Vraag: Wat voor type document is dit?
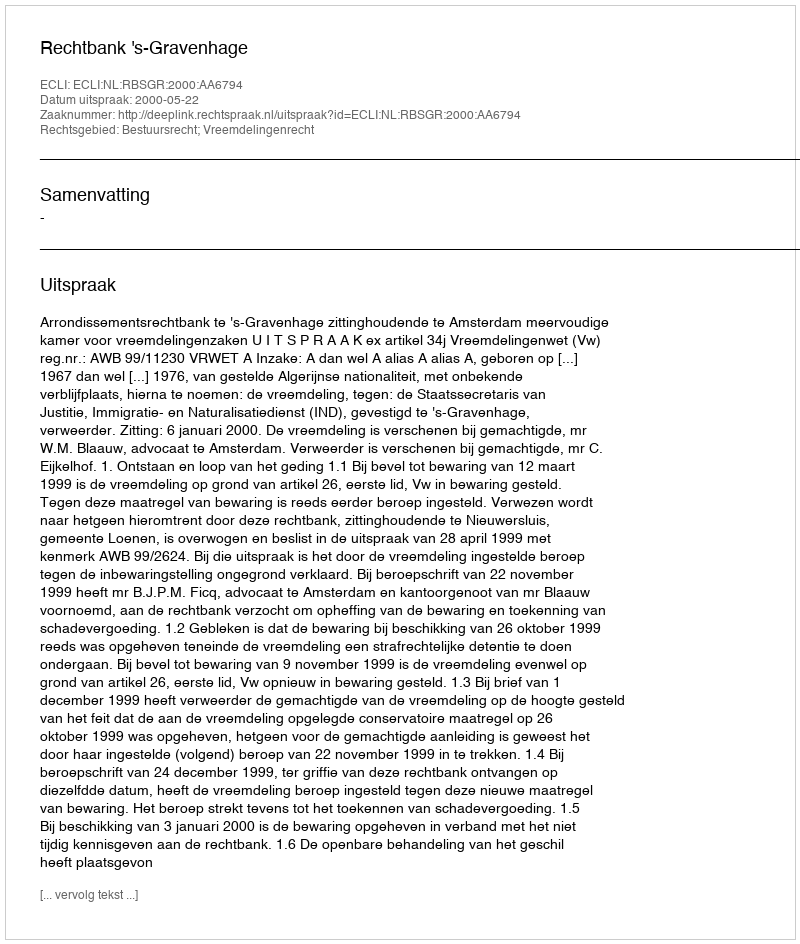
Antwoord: Uitspraak